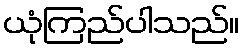
ယုံကြည်ပါသည်။